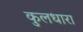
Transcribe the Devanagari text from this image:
कुलधारा